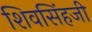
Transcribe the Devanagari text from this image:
शिवसिंहजी